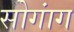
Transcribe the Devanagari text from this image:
सोगांग